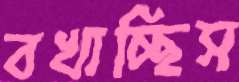
বখাচ্ছিস